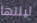
ليلتها